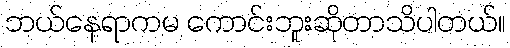
ဘယ်နေရာကမ ကောင်းဘူးဆိုတာသိပါတယ်။